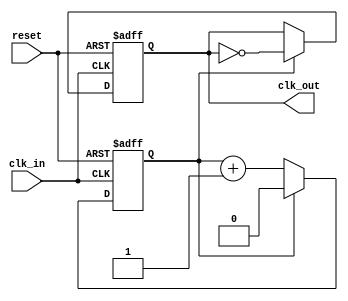
module clock_divider #(
    parameter N = 2 // Division factor, default is 2
) (
    input wire clk_in,       // Input clock signal
    input wire reset,        // Asynchronous reset
    output reg clk_out       // Output clock signal
);

    // Internal counter
    reg [$clog2(N)-1:0] counter; // Counter to track clock cycles

    // Always block triggered on the rising edge of clk_in or on reset
    always @(posedge clk_in or posedge reset) begin
        if (reset) begin
            counter <= 0;    // Reset counter
            clk_out <= 0;    // Reset output clock
        end else begin
            if (counter == (N-1)) begin
                counter <= 0; // Reset counter when it reaches N-1
                clk_out <= ~clk_out; // Toggle the output clock
            end else begin
                counter <= counter + 1; // Increment counter
            end
        end
    end

endmodule